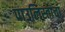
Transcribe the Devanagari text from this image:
पाउलिस्तांचा